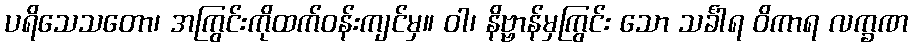
ပရိသေသတော၊ အကြွင်းကိုထက်ဝန်းကျင်မှ။ ဝါ၊ နိဗ္ဗာန်မှကြွင်း သော သင်္ခါရ ဝိကာရ လက္ခဏ